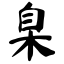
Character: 臬